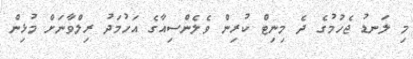
މި ލަނޑު ޖެހުމުގެ ދެ މިނިޓް ކުރިން ވެލެންސިއާގެ އަހުމަދު ރިލްވާނަށް މުޅިން